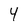
Character: 4